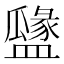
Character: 𥂻